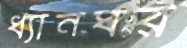
ধ্যানঘর